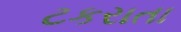
ટકરાતા